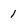
Character: 1